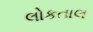
લોકતાલ